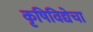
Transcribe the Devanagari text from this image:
कृषिविद्येचा